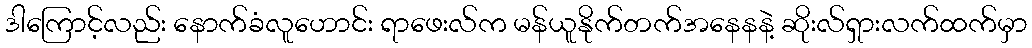
ဒါကြောင့်လည်း နောက်ခံလူဟောင်း ရာဖေးလ်က မန်ယူနိုက်တက်အနေနနဲ့ ဆိုးလ်ရှားလက်ထက်မှာ